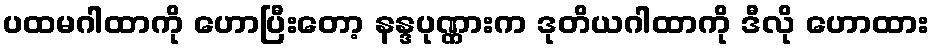
ပထမဂါထာကို ဟောပြီးတော့ နန္ဒပုဏ္ဏားက ဒုတိယဂါထာကို ဒီလို ဟောထား